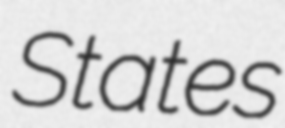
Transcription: States